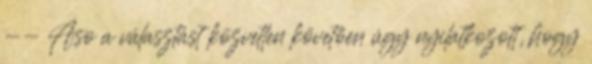
-- Aso a választást közvetlen követően úgy nyilatkozott, hogy